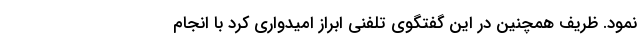
نمود. ظریف همچنین در این گفتگوی تلفنی ابراز امیدواری کرد با انجام